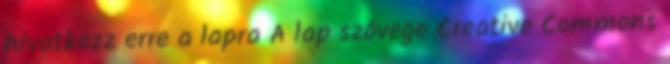
hivatkozz erre a lapra A lap szövege Creative Commons